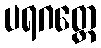
ပရဂတ္တေ